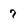
Character: 7